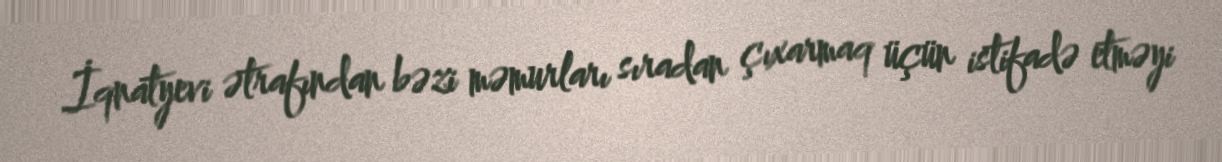
İqnatyevi ətrafından bəzi məmurları sıradan çıxarmaq üçün istifadə etməyi